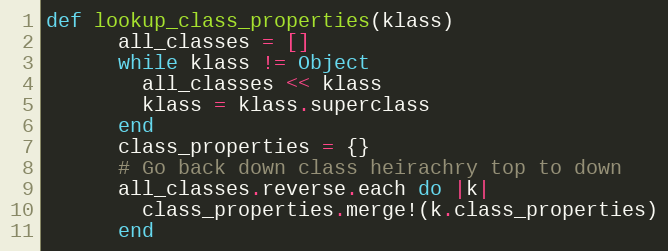
Language: Ruby
def lookup_class_properties(klass)
      all_classes = []
      while klass != Object
        all_classes << klass
        klass = klass.superclass
      end
      class_properties = {}
      # Go back down class heirachry top to down
      all_classes.reverse.each do |k|
        class_properties.merge!(k.class_properties)
      end